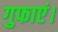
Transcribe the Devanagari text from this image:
गुफाएं।